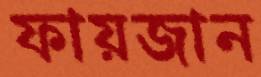
ফায়জান